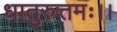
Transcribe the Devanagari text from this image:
धातुरुत्तमः।।